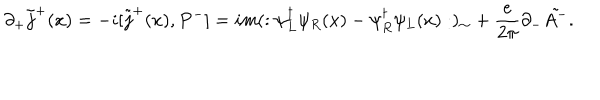
LaTeX: \partial _ { + } \tilde { j } ^ { + } ( x ) = - i [ \tilde { j } ^ { + } ( x ) , P ^ { - } ] = i m ( : \psi _ { L } ^ { \dagger } \psi _ { R } ( x ) - \psi _ { R } ^ { \dagger } \psi _ { L } ( x ) : ) _ { \sim } + { \frac { e } { 2 \pi } } \partial _ { - } \tilde { A ^ { - } } .